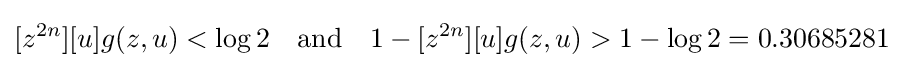
[z^{2n}][u]g(z,u)<\log 2\quad {\mbox{and}}\quad 1-[z^{2n}][u]g(z,u)>1-\log 2=0.30685281